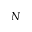
N